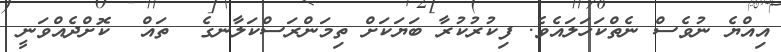
އިއްޔެ ނުވެސް ނެތްކަހަލައެވެ. ފިކުރުކުރާ ބަޔަކަށް ތިމަންރަސްކަލާނގެ  ތައް  ކޮށްދެއްވަނީ